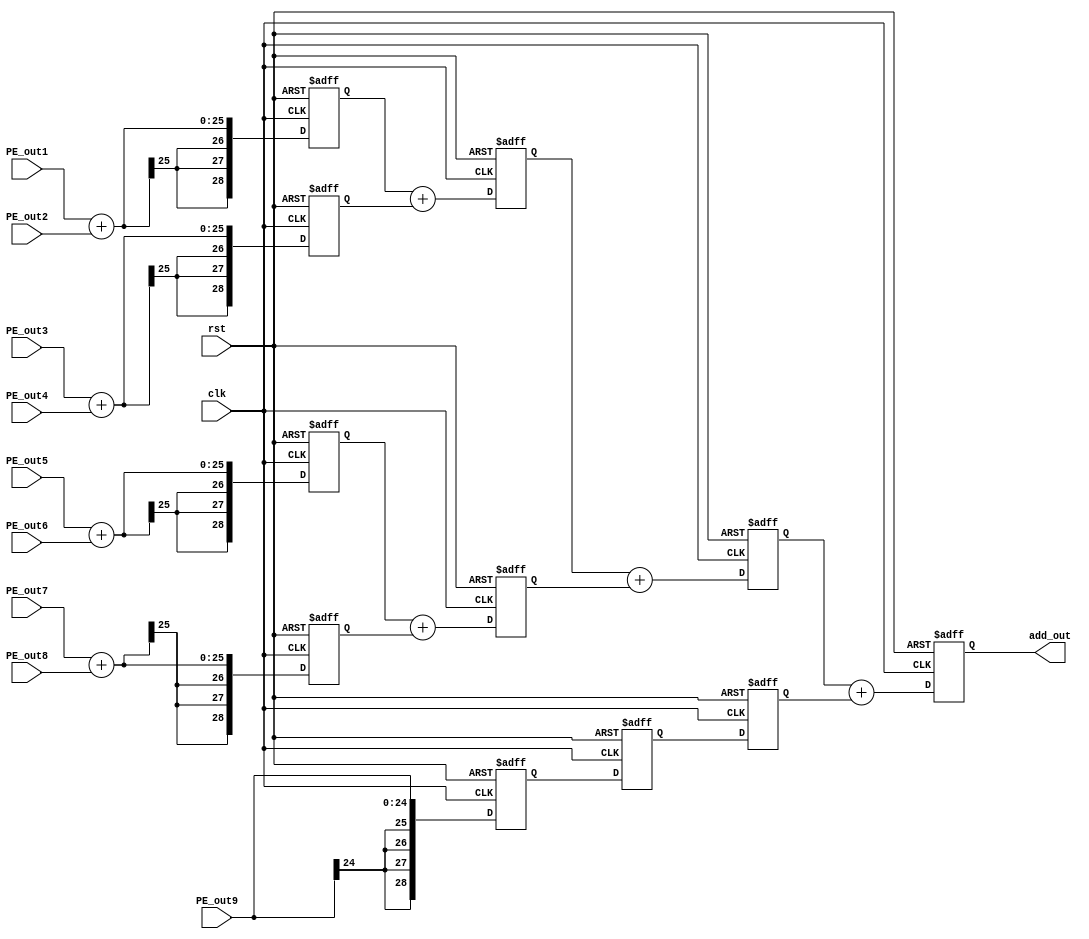
module adder_tree (clk, rst, PE_out1, PE_out2, PE_out3, PE_out4, PE_out5, PE_out6, PE_out7, PE_out8, PE_out9, add_out);

    input clk, rst;
    input signed [24:0] PE_out1, PE_out2, PE_out3, PE_out4, PE_out5, PE_out6, PE_out7, PE_out8, PE_out9;
    output reg signed [28:0] add_out;

    reg signed [28:0] add1_1, add1_2, add1_3, add1_4, add1_5;
    reg signed [28:0] add2_1, add2_2, add2_3;
    reg signed [28:0] add3_1, add3_2;




//stage1-----------------------------------

    always @(posedge clk, posedge rst) begin
        if(rst) begin
            add1_1 <= 29'b0;
            add1_2 <= 29'b0;
            add1_3 <= 29'b0;
            add1_4 <= 29'b0;
            add1_5 <= 29'b0;
        end
        else begin
            add1_1 <= PE_out1 + PE_out2;
            add1_2 <= PE_out3 + PE_out4;
            add1_3 <= PE_out5 + PE_out6;
            add1_4 <= PE_out7 + PE_out8;
            add1_5 <= PE_out9;
        end
    end

//stage2-----------------------------------

    always @(posedge clk, posedge rst) begin
        if(rst) begin
            add2_1 <= 29'b0;
            add2_2 <= 29'b0;
            add2_3 <= 29'b0;
        end
        else begin
            add2_1 <= add1_1 + add1_2;
            add2_2 <= add1_3 + add1_4;
            add2_3 <= add1_5;
        end
    end

//stage3-----------------------------------

    always @(posedge clk, posedge rst) begin
        if(rst) begin
            add3_1 <= 29'b0;
            add3_2 <= 29'b0;
        end
        else begin
            add3_1 <= add2_1 + add2_2;
            add3_2 <= add2_3;
        end
    end

//stage4-----------------------------------

    always @(posedge clk, posedge rst) begin
        if(rst) begin
            add_out <= 29'b0;
        end
        else begin
            add_out <= add3_1 + add3_2;
        end
    end

endmodule